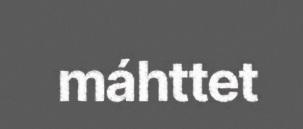
máhttet